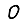
Digit: 0